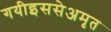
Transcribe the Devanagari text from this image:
गयीइससेअमृत